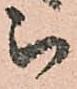
被